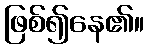
ဖြစ်၍နေ၏။